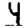
Digit: 4